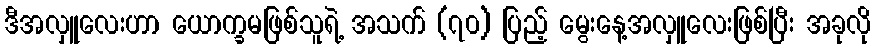
ဒီအလှူလေးဟာ ယောက္ခမဖြစ်သူရဲ့ အသက် (၇၀) ပြည့် မွေးနေ့အလှူလေးဖြစ်ပြီး အခုလို